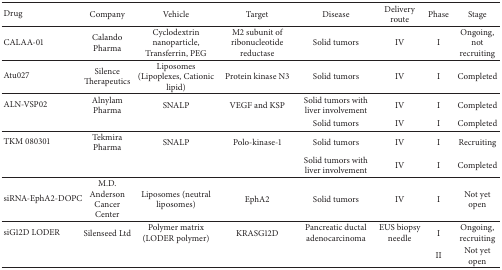
| Drug | Company | Vehicle | Target | Disease | Delivery route | Phase | Stage |
 | --- | --- | --- | --- | --- | --- | --- | --- |
 | CALAA-01 | Calando Pharma | Cyclodextrin nanoparticle, Transferrin, PEG | M2 subunit of ribonucleotide reductase | Solid tumors | IV | I | Ongoing, not recruiting |
 | Atu027 | Silence Therapeutics | Liposomes (Lipoplexes, Cationic lipid) | Protein kinase N3 | Solid tumors | IV | I | Completed |
 | ALN-VSP02 | Alnylam Pharma | SNALP | VEGF and KSP | Solid tumors with liver involvement | IV | I | Completed |
 |  |  |  |  | Solid tumors | IV | I | Completed |
 | TKM 080301 | Tekmira Pharma | SNALP | Polo-kinase-1 | Solid tumors | IV | I | Recruiting |
 |  |  |  |  | Solid tumors with liver involvement | IV | I | Completed |
 | siRNA-EphA2-DOPC | M.D. Anderson Cancer Center | Liposomes (neutral liposomes) | EphA2 | Solid tumors | IV | I | Not yet open |
 | siG12D LODER | Silenseed Ltd | Polymer matrix (LODER polymer) | KRASG12D | Pancreatic ductal adenocarcinoma | EUS biopsy needle | I | Ongoing, recruiting |
 |  |  |  |  |  |  | II | Not yet open |